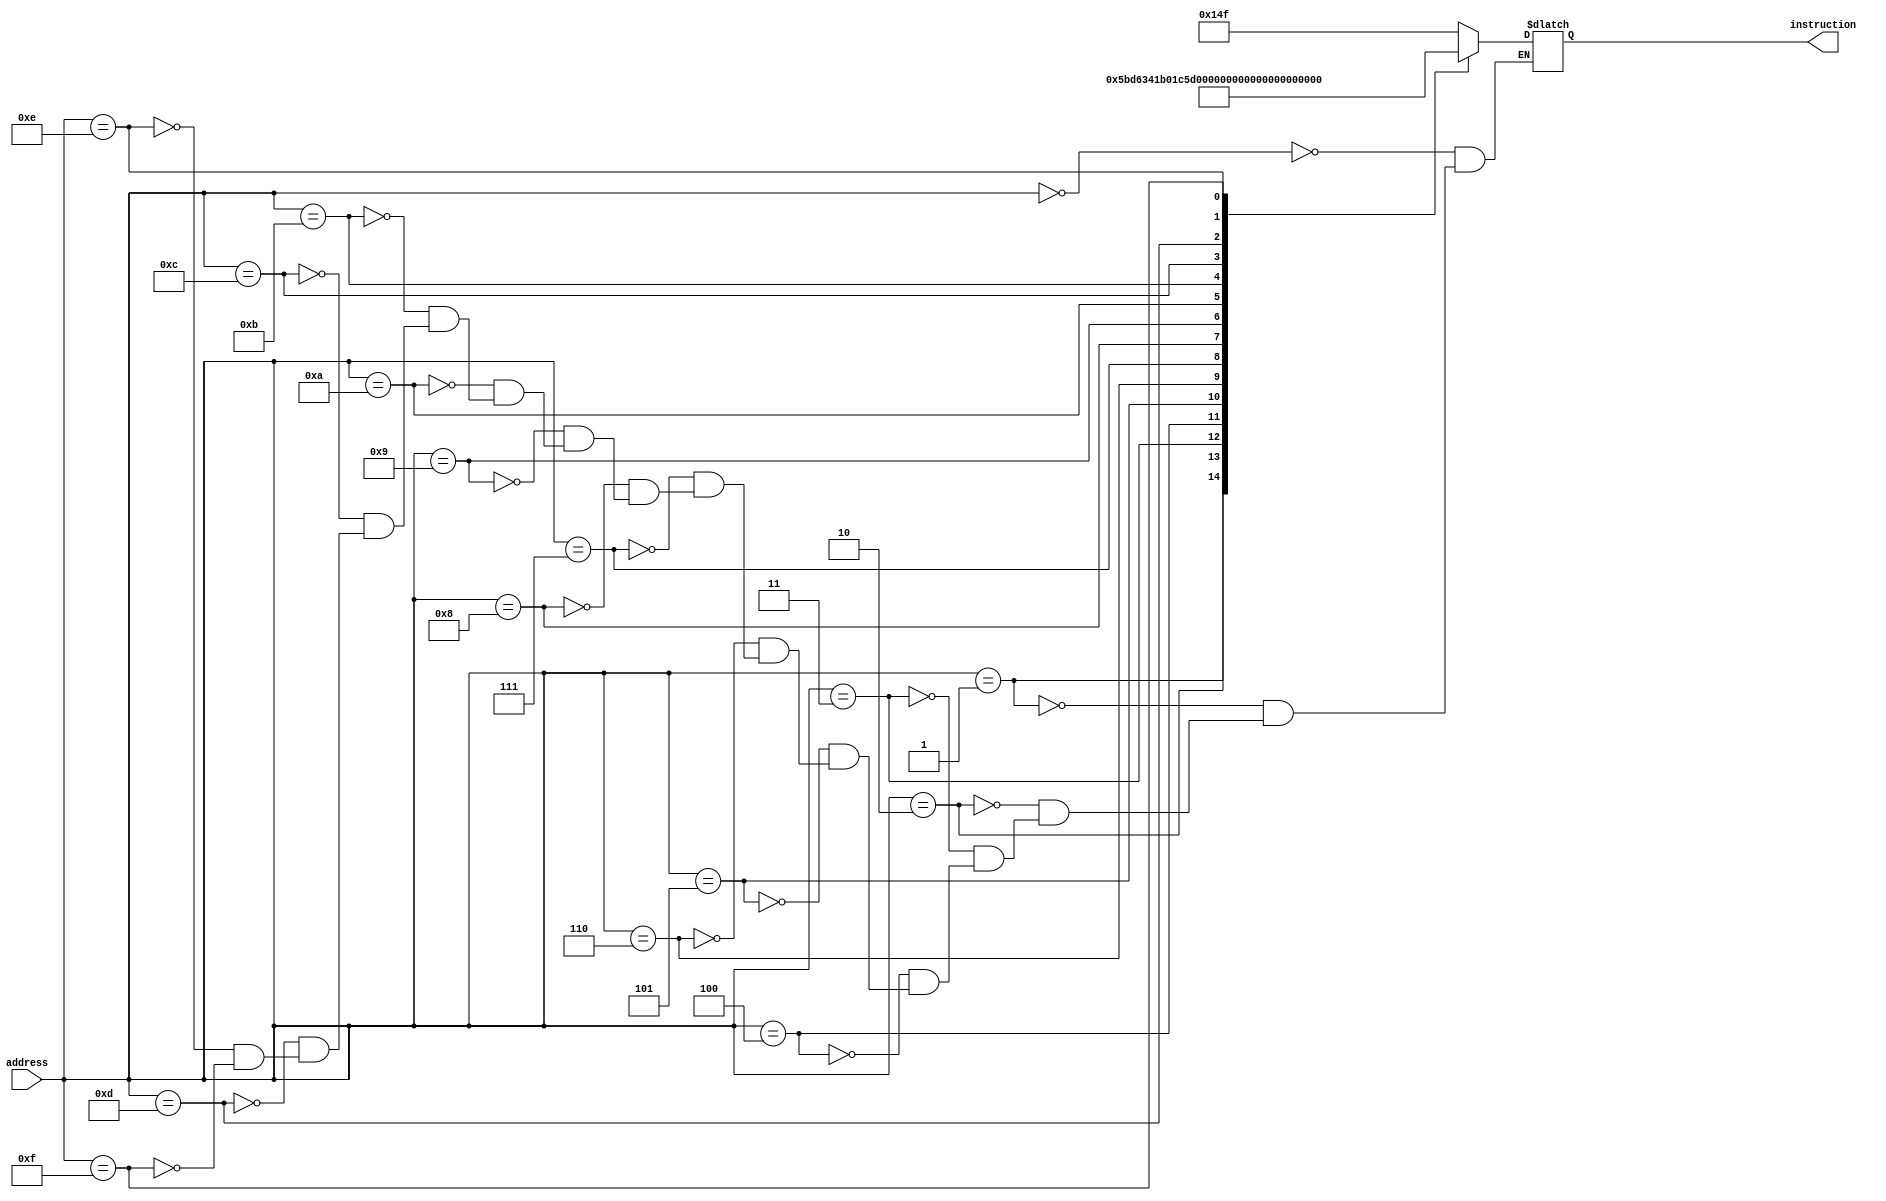
module Instruction_rom_sample
(
        input [7:0] address,
        output [8:0] instruction
);

        reg [8:0] instruction_out;
        
        always @ (address) begin
        
            case(address)        
				0:	instruction_out = 9'b1010_0_1111; // set_low $imm, 15
				1:	instruction_out = 9'b1011_0_1111; // set_high $imm, 15
				2:	instruction_out = 9'b0101_10_001; // set $t1 = $imm
				3:	instruction_out = 9'b1010_0_0001; // set_low $imm, 0
				4:	instruction_out = 9'b1011_0_0000; // set_high $imm, 1
				5:	instruction_out = 9'b0011_10_001; // shift left $t1, $imm
				6:	instruction_out = 9'b0111_01_000; // inc $imm
				7:	instruction_out = 9'b0100_10_001; // shift right $t1, $imm
				8:	instruction_out = 9'b0111_10_001; // and one $t1
				9:	instruction_out = 9'b0111_10_011; // subtract eight $t1
				10:	instruction_out = 9'b1010_1_0000; // set_low $branch, 0
				11:	instruction_out = 9'b1011_1_0000; // set_high $branch, 0
				12:	instruction_out = 9'b0101_01_111; // set_to $imm, $branch
				13:	instruction_out = 9'b0110_11_010; // t2 = imm
				14:	instruction_out = 9'b1001_10_111; // swap $t2, $branch
				15:	instruction_out = 9'b1110_10_111; // jump to 0

                /*
				4:	instruction_out = 9'b0011_10_001; // add $imm, $imm
				5:	instruction_out = 9'b0110_10_001; // set $imm = $t1
                /*
				3:	instruction_out = 9'b0111_01_010; // set_high $branch, 15
				4: instruction_out = 9'b0101_01_010; // $t1 = $imm (16)
				5: instruction_out = 9'b0000_10_001; // $imm += $t1 (32)
				6:	instruction_out = 9'b1010_1_0001; // set_low $branch, 1
				7:	instruction_out = 9'b1011_1_0000; // set_high $branch, 0
				8:	instruction_out = 9'b0011_01_111; // shift left
                */
			endcase
			
        end

        assign instruction = instruction_out;

endmodule